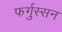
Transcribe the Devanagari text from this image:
फर्गुस्सन